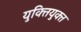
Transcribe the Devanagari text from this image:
युक्‍ितयुक्‍त